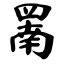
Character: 罱